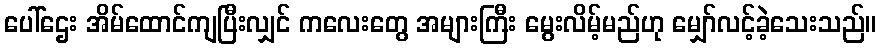
ပေါ်ဌေး အိမ်ထောင်ကျပြီးလျှင် ကလေးတွေ အများကြီး မွေးလိမ့်မည်ဟု မျှော်လင့်ခဲ့သေးသည်။